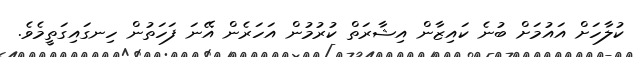
ކުލާހަށް އައުމަށް ބުނެ ކައިޒާން އިޝާރަތް ކުރުމުން އަހަރެން އޭނަ ފަހަތުން ހިނގައިގަތީމެވެ.